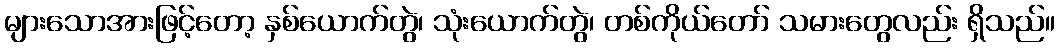
များသောအားဖြင့်တော့ နှစ်ယောက်တွဲ၊ သုံးယောက်တွဲ၊ တစ်ကိုယ်တော် သမားတွေလည်း ရှိသည်။